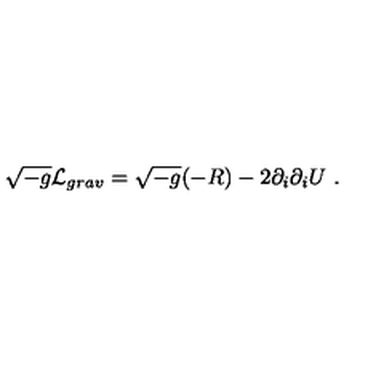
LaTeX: \sqrt { - g } { \cal L } _ { g r a v } = \sqrt { - g } ( - R ) - 2 \partial _ { i } \partial _ { i } U \ .